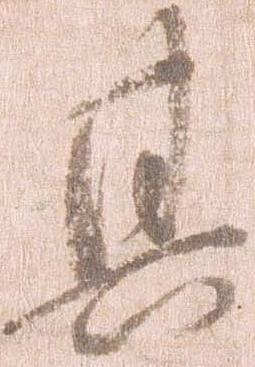
其